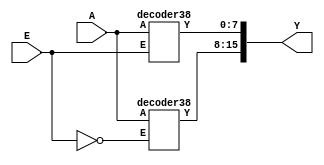
module decoder416(E,A,Y);
input E;
wire E_;
input [2:0] A;
output [15:0] Y;
not(E_,E);
decoder38 d1(E,A,Y[7:0]);
decoder38 d2(E_,A,Y[15:8]);
endmodule

module decoder38(E,A,Y);
input E;
input [2:0] A;
output [0:7] Y;
reg [0:7] Y;
always @(E,A)
 begin
    if(E==0)
     Y=0;
    else begin
         case(A)
         0:Y=128;
         1:Y=64;
         2:Y=32;
         3:Y=16;
         4:Y=8;
         5:Y=4;
         6:Y=2;
         7:Y=1;
         endcase
    end
 end
endmodule